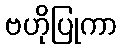
ဗဟိုပြုကာ